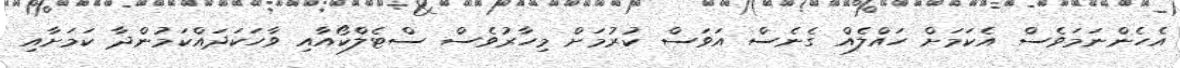
އެހެންނަމަވެސް އެކަމަށް ހައްލެއް ގެނެސް އަވަސް ކުރުމަށް މިހާރުވެސް ސްޓެލްކޯއާއި ވާހަކަދައްކަމުންދާ ކަމަށާއި